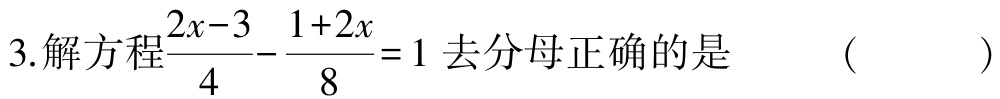
3.解方程$\frac{2x - 3}{4} - \frac{1 + 2x}{8} = 1$去分母正确的是 （  ）